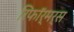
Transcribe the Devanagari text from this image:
रिफॉर्मर्स